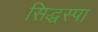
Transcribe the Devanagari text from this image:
सिद्धस्पा